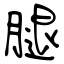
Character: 腿